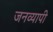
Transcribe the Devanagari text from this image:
जनव्यापी